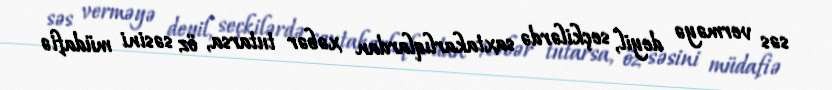
səs verməyə deyil, seçkilərdə saxtakarlıqlardan xəbər tutarsa, öz səsini müdafiə